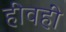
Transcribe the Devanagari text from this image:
हीवहीं